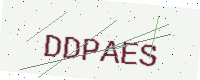
Text: DDPAES